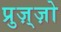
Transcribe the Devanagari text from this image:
प्रुज़्ज़ो